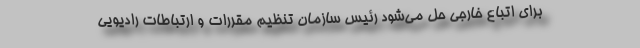
برای اتباع خارجی حل می‌شود رئیس سازمان تنظیم مقررات و ارتباطات رادیویی